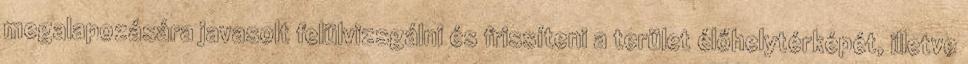
megalapozására javasolt felülvizsgálni és frissíteni a terület élőhelytérképét, illetve